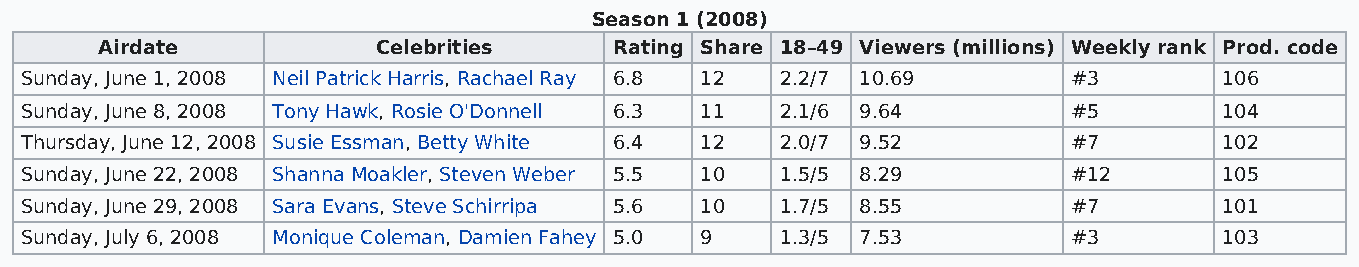
Season 1 (2008)
 Airdate           Celebrities     Rating Share 18–49 Viewers (millions) Weekly rank Prod. code
 Sunday, June 1, 2008 Neil Patrick Harris, Rachael Ray 6.8 12 2.2/7 10.69 #3     106
 Sunday, June 8, 2008 Tony Hawk, Rosie O'Donnell 6.3 11 2.1/6 9.64     #5        104
 Thursday, June 12, 2008 Susie Essman, Betty White 6.4 12 2.0/7 9.52   #7        102
 Sunday, June 22, 2008 Shanna Moakler, Steven Weber 5.5 10 1.5/5 8.29  #12       105
 Sunday, June 29, 2008 Sara Evans, Steve Schirripa 5.6 10 1.7/5 8.55   #7        101
 Sunday, July 6, 2008 Monique Coleman, Damien Fahey 5.0 9 1.3/5 7.53   #3        103